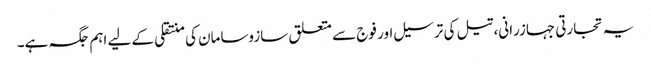
یہ تجارتی جہازرانی، تیل کی ترسیل اور فوج سے متعلق سازوسامان کی منتقلی کے لیے اہم جگہ ہے۔